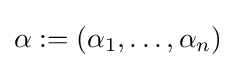
\alpha :=(\alpha _{1},\ldots ,\alpha _{n})